Scottish Leaving Certificate Examination, 1956
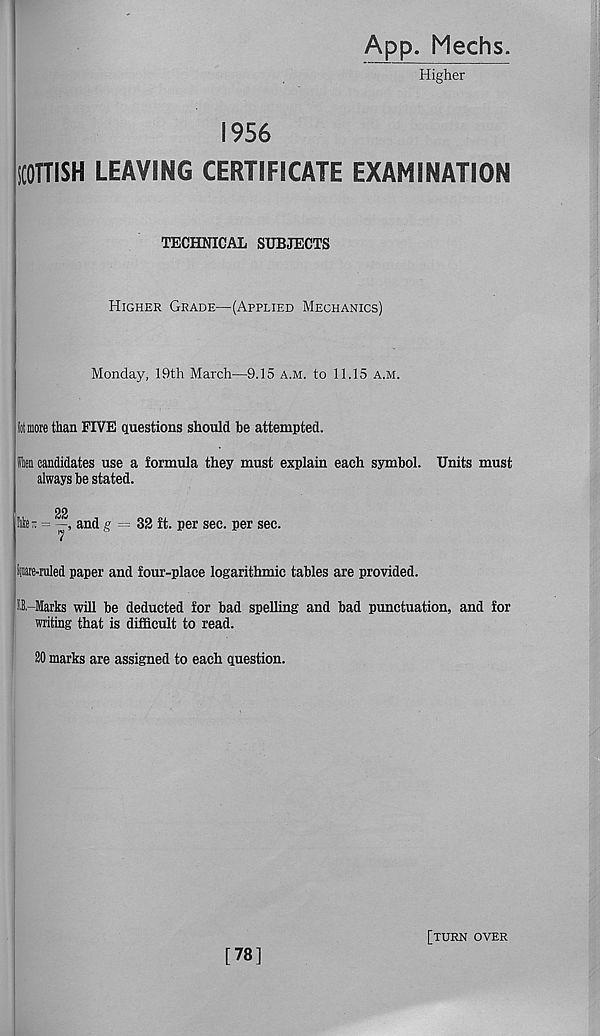
App. Mechs.
Higher
1956
itOHISH LEAVING CERTIFICATE EXAMINATION
TECHNICAL SUBJECTS
Higher Grade—(Applied Mechanics)
Monday, 19th March—9.15 a.m. to 11.15 a.m.
lit more than FIVE questions should be attempted.
leu candidates use a formula they must explain each symbol. Units must
always be stated.
22
liter =
and g = 32 ft. per sec. per sec.
ipie-ruled paper and four-place logarithmic tables are provided.
0.-Iarks will be deducted for bad spelling and bad punctuation, and for
writing that is difficult to read.
20 marks are assigned to each question.
[78]
[turn over